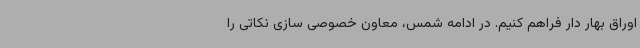
اوراق بهار دار فراهم کنیم. در ادامه شمس، معاون خصوصی سازی نکاتی را